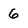
Character: 6